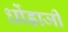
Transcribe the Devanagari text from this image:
धोंडाजी